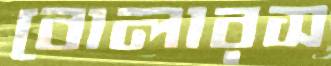
বোলারস